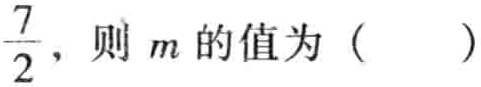
$\frac{7}{2}，则\ m\ 的值为（  ）$